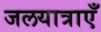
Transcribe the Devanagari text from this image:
जलयात्राएँ